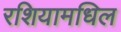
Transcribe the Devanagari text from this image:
रशियामधिल